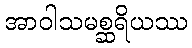
အာဝါသမစ္ဆရိယဿ